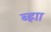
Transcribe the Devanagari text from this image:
ब्ह्राा